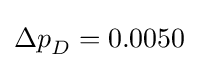
{\Delta p}_{D}=0.0050